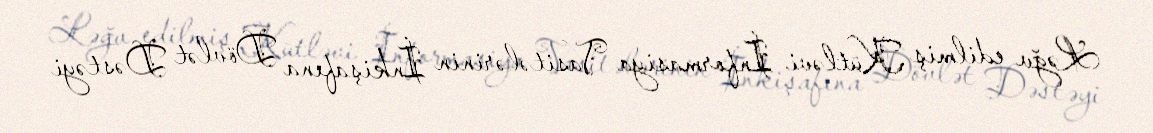
Ləğv edilmiş Kütləvi İnformasiya Vasitələrinin İnkişafına Dövlət Dəstəyi